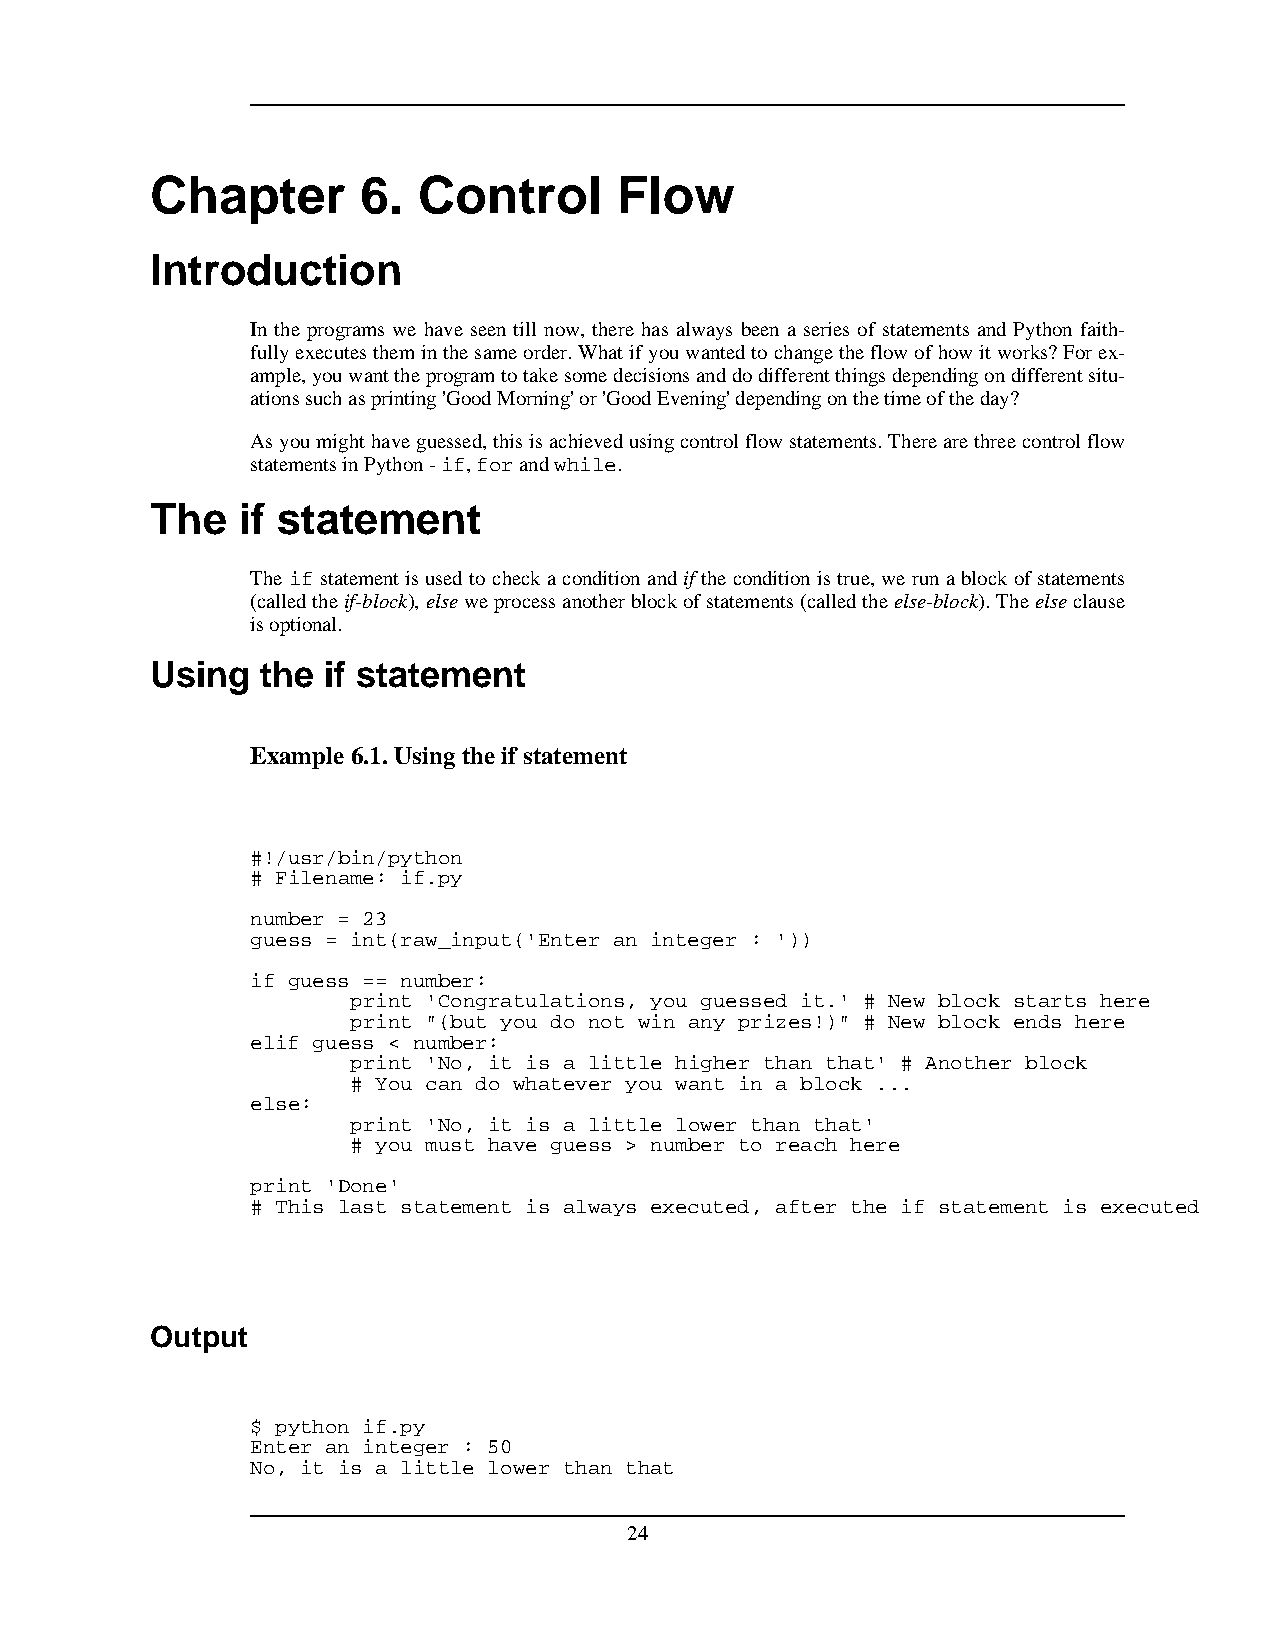
Chapter       6.  Control      Flow
 Introduction
 In the programs we have seen till now, there has always been a series of statements and Python faith-
 fullyexecutestheminthesameorder.Whatifyouwantedtochangetheflowofhowitworks?Forex-
 ample,youwanttheprogramtotakesomedecisionsanddodifferentthingsdependingondifferentsitu-
 ationssuchasprinting'GoodMorning'or'GoodEvening'dependingonthetimeoftheday?
 Asyoumighthaveguessed,thisisachievedusingcontrolflowstatements.Therearethreecontrolflow
 statementsinPython-if,forandwhile.
 The   if statement
 Theifstatementisusedtocheckaconditionandiftheconditionistrue,werunablockofstatements
 (calledtheif-block),elseweprocessanotherblockofstatements(calledtheelse-block).Theelseclause
 isoptional.
 Using  the if statement
 Example 6.1.Usingtheifstatement
 #!/usr/bin/python
 # Filename: if.py
 number = 23
 guess = int(raw_input('Enter an integer : '))
 if guess == number:
 print 'Congratulations, you guessed it.' # New block starts here
 print "(but you do not win any prizes!)" # New block ends here
 elif guess < number:
 print 'No, it is a little higher than that' # Another block
 # You can do whatever you want in a block ...
 else:
 print 'No, it is a little lower than that'
 # you must have guess > number to reach here
 print 'Done'
 # This last statement is always executed, after the if statement is executed
 Output
 $ python if.py
 Enter an integer : 50
 No, it is a little lower than that
 24